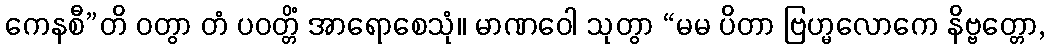
ကေနစီ”တိ ဝတွာ တံ ပဝတ္တိံ အာရောစေသုံ။ မာဏဝေါ သုတွာ “မမ ပိတာ ဗြဟ္မလောကေ နိဗ္ဗတ္တော,